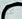
عن